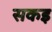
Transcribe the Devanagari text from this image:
सकइ